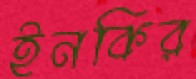
ইনকির